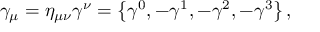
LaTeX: \gamma _ { \mu } = \eta _ { \mu \nu } \gamma ^ { \nu } = \left\{ \gamma ^ { 0 } , - \gamma ^ { 1 } , - \gamma ^ { 2 } , - \gamma ^ { 3 } \right\} ,